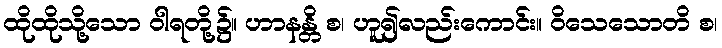
ထိုထိုသို့သော ဝါရတို့၌။ ဟာနန္တိ စ၊ ဟူ၍လည်းကောင်း။ ဝိသေသောတိ စ၊